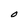
Character: O